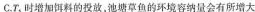
C.T_{5}时增加饵料的投放，池塘草鱼的环境容纳量会有所增大